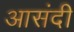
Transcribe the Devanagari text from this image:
आसंदी